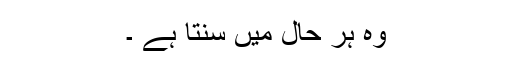
وہ ہر حال میں سنتا ہے ۔